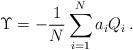
LaTeX: \begin{align*}\Upsilon=-\frac{1}{N}\sum_{i=1}^N a_i Q_i\,.\end{align*}